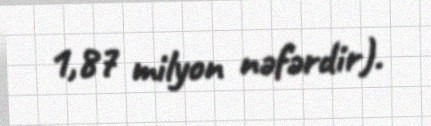
1,87 milyon nəfərdir).